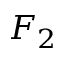
F _ { 2 }